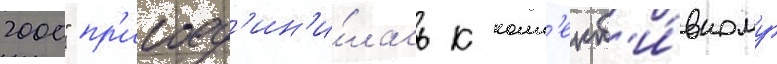
2000" пр'исоед'ин'и́лась к колл'ект'и́вному